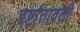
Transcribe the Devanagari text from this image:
दृष्टांतावली